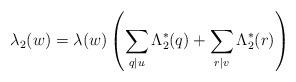
LaTeX: \begin{align*} \lambda_2(w)=\lambda(w)\left(\sum_{q\mid u}\Lambda_2^*(q)+\sum_{r\mid v}\Lambda_2^*(r)\right)\end{align*}